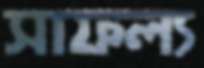
সাফল্য